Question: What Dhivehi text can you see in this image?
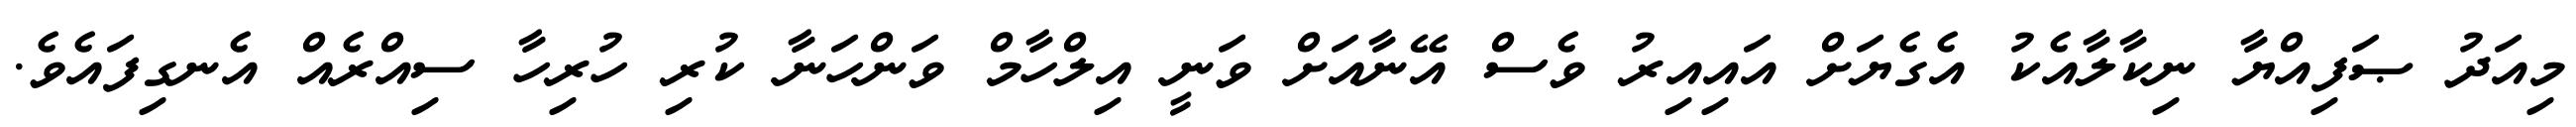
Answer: މިއަދު ޞަފިއްޔާ ނިކާލާއެކު އެގެޔަށް އައިއިރު ވެސް އޭނާއަށް ވަނީ އިލްހާމް ވަންހަނާ ކުރި ހުރިހާ ސިއްރެއް އެނގިފައެވެ.